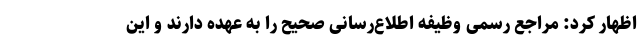
اظهار کرد: مراجع رسمی وظیفه اطلاع‌رسانی صحیح را به عهده دارند و این